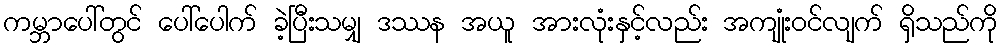
ကမ္ဘာပေါ်တွင် ပေါ်ပေါက် ခဲ့ပြီးသမျှ ဒဿန အယူ အားလုံးနှင့်လည်း အကျုံးဝင်လျက် ရှိသည်ကို